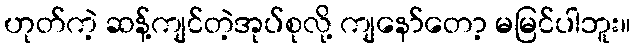
ဟုတ်ကဲ့ ဆန့်ကျင်တဲ့အုပ်စုလို့ ကျနော်တော့ မမြင်ပါဘူး။